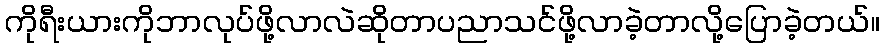
ကိုရီးယားကိုဘာလုပ်ဖို့လာလဲဆိုတာပညာသင်ဖို့လာခဲ့တာလို့ပြောခဲ့တယ်။